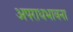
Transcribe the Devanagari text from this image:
अपराधभावना